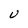
Character: U